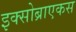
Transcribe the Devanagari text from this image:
इक्सोब्राएकस